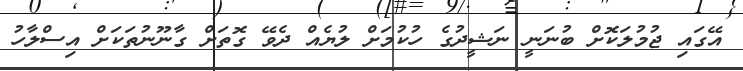
އޭގައި ޖުމުލަކޮށް ބުނަނީ ނަޝީދުގެ ހުކުމަށް ލުޔެއް ދެވޭ ގޮތަށް ގާނޫނުތަކަށް އިސްލާހު